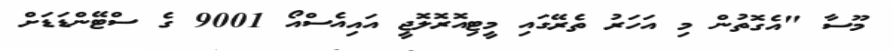
މޫސާ "އެގޮތުން މި އަހަރު ތެރޭގައި މީޓިއޮރޮލޮޖީ އައިއެސްއޯ 9001 ގެ ސްޓޭންޑަޑަށް